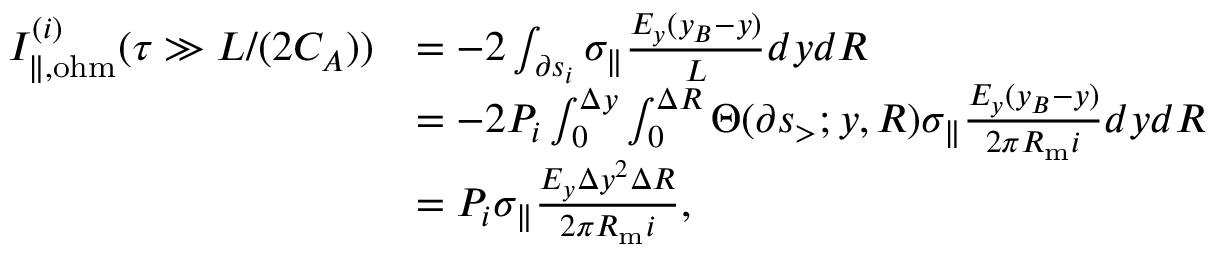
\begin{array} { r l } { I _ { \| , \mathrm { o h m } } ^ { ( i ) } ( \tau \gg L / ( 2 C _ { A } ) ) } & { = - 2 \int _ { \partial s _ { i } } \sigma _ { \| } \frac { E _ { y } ( y _ { B } - y ) } { L } d y d R } \\ & { = - 2 P _ { i } \int _ { 0 } ^ { \Delta y } \int _ { 0 } ^ { \Delta R } \Theta ( \partial s _ { > } ; y , R ) \sigma _ { \| } \frac { E _ { y } ( y _ { B } - y ) } { 2 \pi R _ { \mathrm { m } } i } d y d R } \\ & { = P _ { i } \sigma _ { \| } \frac { E _ { y } \Delta y ^ { 2 } \Delta R } { 2 \pi R _ { \mathrm { m } } i } , } \end{array}